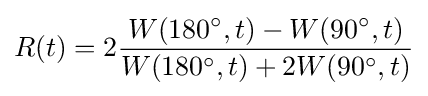
R(t)=2{\frac {W(180^{\circ },t)-W(90^{\circ },t)}{W(180^{\circ },t)+2W(90^{\circ },t)}}